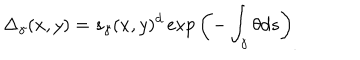
LaTeX: \Delta _ { \gamma } ( x , y ) = s _ { \gamma } ( x , y ) ^ { d } \exp \left( - \int _ { \gamma } \theta d s \right) _ { . }